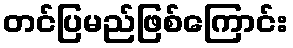
တင်ပြမည်ဖြစ်ကြောင်း